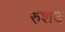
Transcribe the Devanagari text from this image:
रुशद